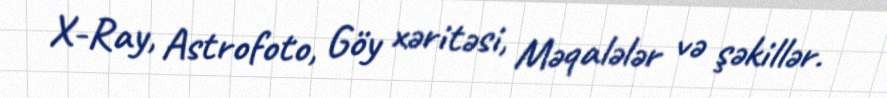
X-Ray, Astrofoto, Göy xəritəsi, Məqalələr və şəkillər.